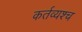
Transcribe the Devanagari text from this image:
कर्तव्यश्च